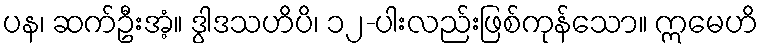
ပန၊ ဆက်ဦးအံ့။ ဒွါဒသဟိပိ၊ ၁၂-ပါးလည်းဖြစ်ကုန်သော။ ဣမေဟိ